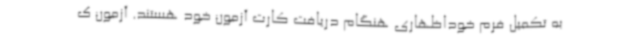
به تکمیل فرم خوداظهاری هنگام دریافت کارت آزمون خود هستند. آزمون ک